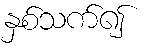
နှစ်သက်၍